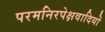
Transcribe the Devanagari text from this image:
परमनिरपेक्षवादियों